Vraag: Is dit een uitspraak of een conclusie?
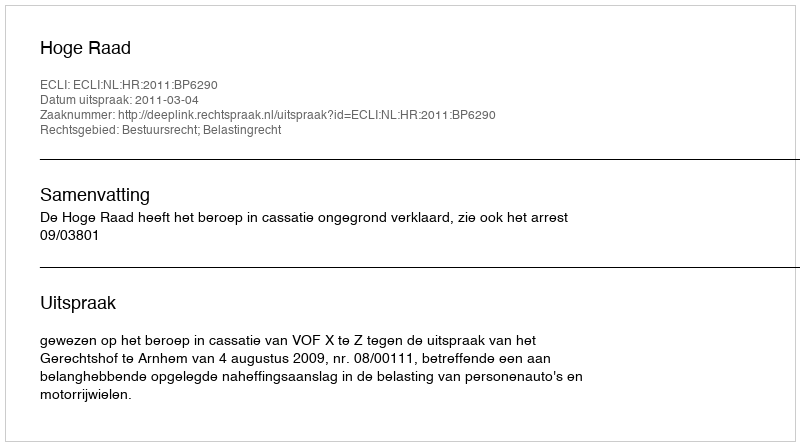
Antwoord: Uitspraak